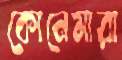
কোনেমারা